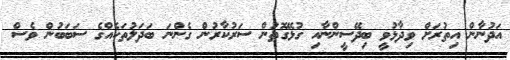
އަދުނާން އިތުރަށް ވިދާޅުވީ ބިދޭސީންނާއި ގުޅޭގޮތުން ސަރުކާރުން ގެންނަ ބަދަލުތަކެއްގެ ސަބަބުން ވެސް